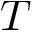
T